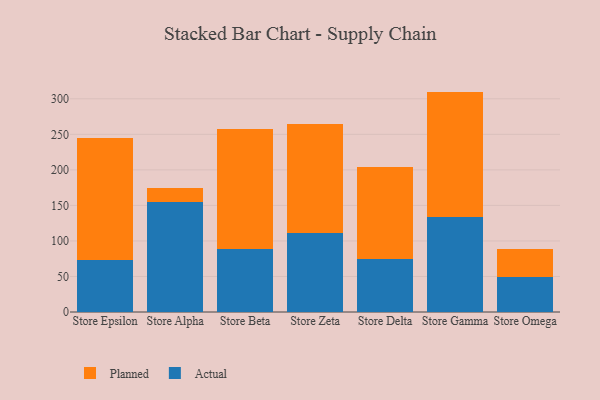
{"axis": {"x": "Store", "y": "Inventory Turnover"}, "legend": ["Actual", "Planned"], "data": [{"x": "Store Epsilon", "y": 73.1, "type": "Actual"}, {"x": "Store Epsilon", "y": 171.5, "type": "Planned"}, {"x": "Store Alpha", "y": 155.0, "type": "Actual"}, {"x": "Store Alpha", "y": 19.1, "type": "Planned"}, {"x": "Store Beta", "y": 88.7, "type": "Actual"}, {"x": "Store Beta", "y": 168.2, "type": "Planned"}, {"x": "Store Zeta", "y": 111.1, "type": "Actual"}, {"x": "Store Zeta", "y": 153.8, "type": "Planned"}, {"x": "Store Delta", "y": 75.0, "type": "Actual"}, {"x": "Store Delta", "y": 129.7, "type": "Planned"}, {"x": "Store Gamma", "y": 133.9, "type": "Actual"}, {"x": "Store Gamma", "y": 176.2, "type": "Planned"}, {"x": "Store Omega", "y": 49.7, "type": "Actual"}, {"x": "Store Omega", "y": 38.8, "type": "Planned"}]}